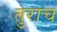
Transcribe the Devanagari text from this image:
तुराच